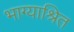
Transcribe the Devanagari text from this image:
भाग्याश्रित